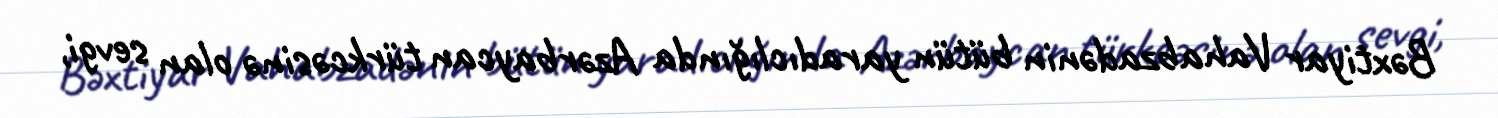
Bəxtiyar Vahabzadənin bütün yaradıclığında Azərbaycan türkcəsinə olan sevgi,